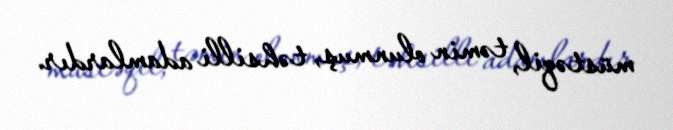
müstəqil, təmin olunmuş, təhsilli adamlardır.